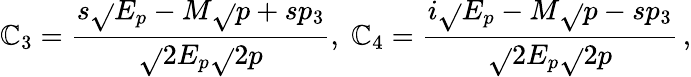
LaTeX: \mathbb{C}_{3}={\frac{{s\sqrt{}{{E_{p}-M}}\sqrt{}{{p+sp_{3}}}}}{{\sqrt{}{{2E_{p}}}\sqrt{}{{2p}}}}},\; \mathbb{C}_{4}={\frac{{i\sqrt{}{{E_{p}-M}}\sqrt{}{{p-sp_{3}}}}}{{\sqrt{}{{2E_{p}}}\sqrt{}{{2p}}}}}\, ,